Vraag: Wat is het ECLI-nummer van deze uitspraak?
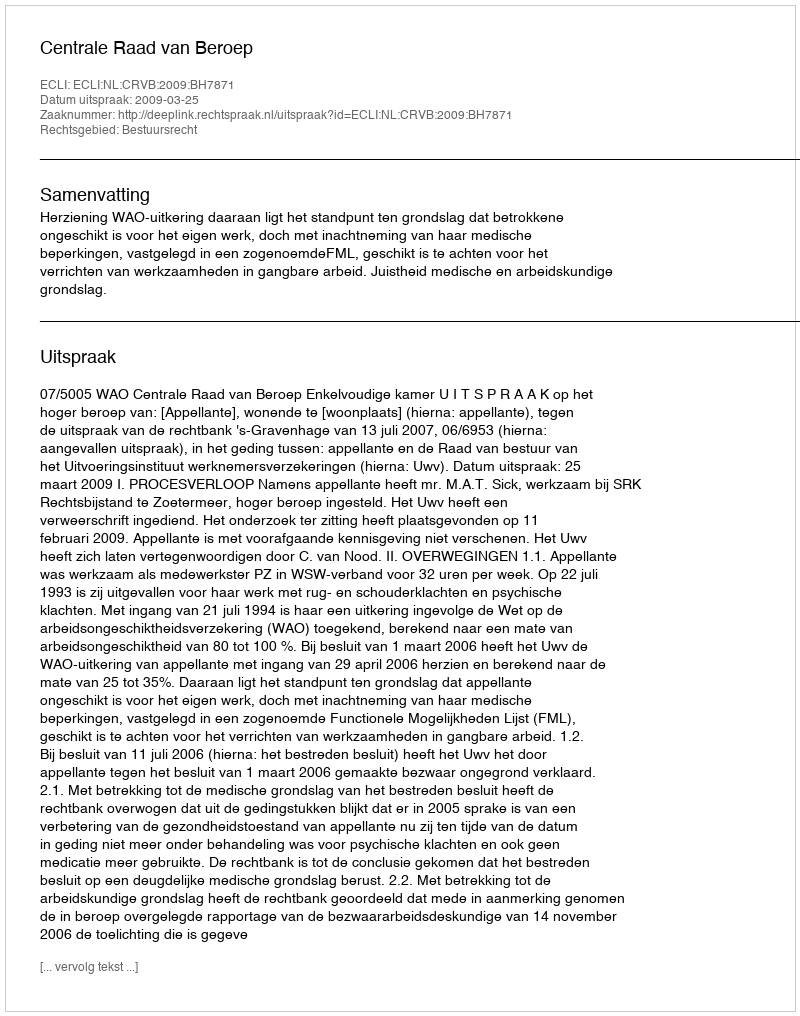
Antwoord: ECLI:NL:CRVB:2009:BH7871